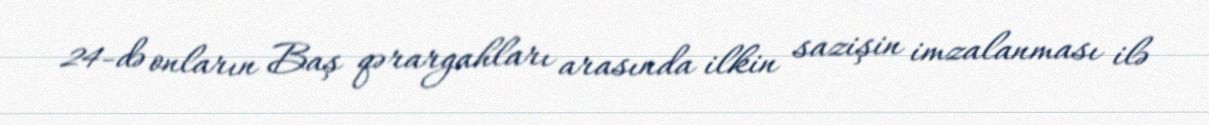
24-də onların Baş qərargahları arasında ilkin sazişin imzalanması ilə